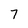
Character: 7